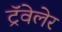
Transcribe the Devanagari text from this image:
ट्रॅवेलेर